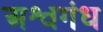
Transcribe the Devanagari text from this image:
अश्वगंध